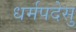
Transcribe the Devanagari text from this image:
धर्मपदेसु